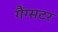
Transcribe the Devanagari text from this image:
गैंग्सटर